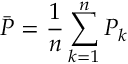
\bar { P } = \frac { 1 } { n } \sum _ { k = 1 } ^ { n } P _ { k }